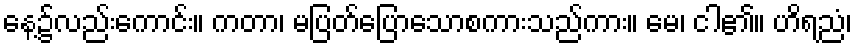
နေ့၌လည်းကောင်း။ ကတာ၊ မပြတ်ပြောသောစကားသည်ကား။ မေ၊ ငါ၏။ ဟိရညံ၊